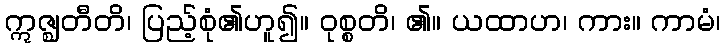
ဣဇ္ဈတီတိ၊ ပြည့်စုံ၏ဟူ၍။ ဝုစ္စတိ၊ ၏။ ယထာဟ၊ ကား။ ကာမံ၊